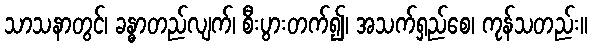
သာသနာတွင်၊ ခန္ဓာတည်လျက်၊ စီးပွားတက်၍၊ အသက်ရှည်စေ၊ ကုန်သတည်း။